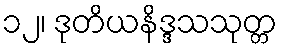
၁၂၊ ဒုတိယနိဒ္ဒသသုတ္တ